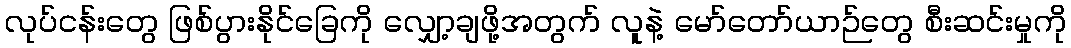
လုပ်ငန်းတွေ ဖြစ်ပွားနိုင်ခြေကို လျှော့ချဖို့အတွက် လူနဲ့ မော်တော်ယာဉ်တွေ စီးဆင်းမှုကို